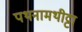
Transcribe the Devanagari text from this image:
पथनामथीट्टा